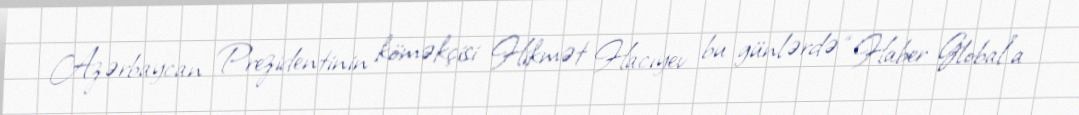
Azərbaycan Prezidentinin köməkçisi Hikmət Hacıyev bu günlərdə “Haber Global”a